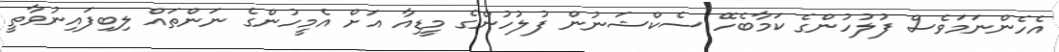
އެހެންނަމަވެސް ފުލުހުންގެ ކަމާބެހޭ ސެކްޝަނުން ފުލުހުންގެ މީޑިއާ އަށް އެމީހުންގެ ނަންތައް ލިބިފައިނުވާތީ